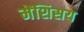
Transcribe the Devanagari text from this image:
मेंशिसय